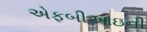
એફબીઆઇની